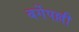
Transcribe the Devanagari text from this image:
बर्गेपल्ली